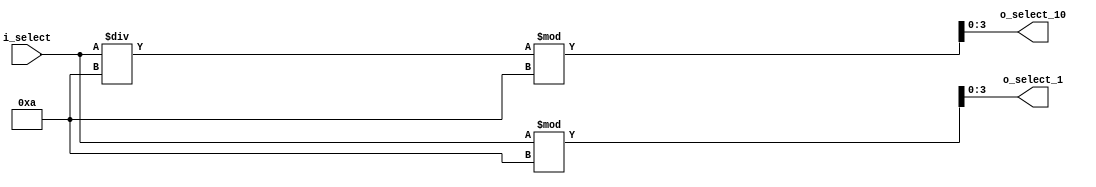
module digit_divider_01234(
    input [2:0] i_select,
    output [3:0] o_select_1,o_select_10

    );

    assign o_select_1 = i_select % 10;
    assign o_select_10 = i_select / 10 % 10;


endmodule